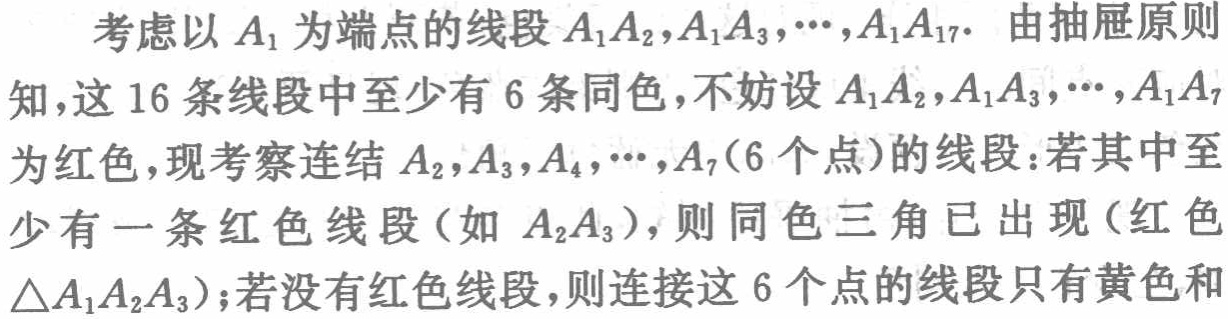
考虑以\(A_1\)为端点的线段\(A_1A_2,A_1A_3,\cdots,A_1A_{17}\). 由抽屉原则知，这\(16\)条线段中至少有\(6\)条同色，不妨设\(A_1A_2,A_1A_3,\cdots,A_1A_7\)为红色，现考察连结\(A_2,A_3,A_4,\cdots,A_7(6\)个点)的线段：若其中至少有一条红色线段（如\(A_2A_3\)），则同色三角已出现（红色\(\triangle A_1A_2A_3\)）；若没有红色线段，则连接这\(6\)个点的线段只有黄色和